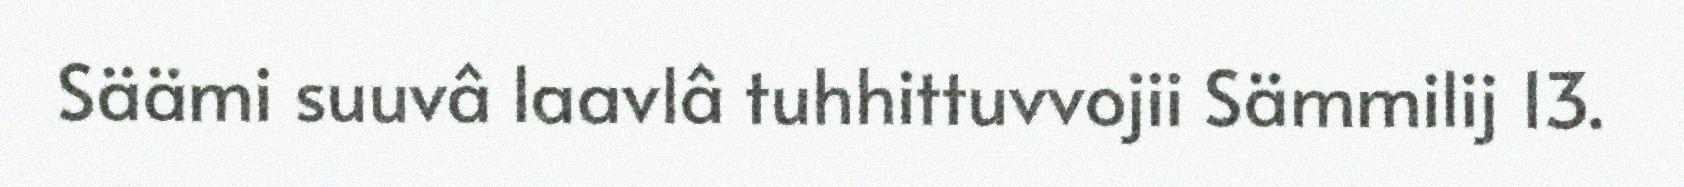
Säämi suuvâ laavlâ tuhhittuvvojii Sämmilij 13.